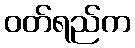
ဝတ်ရည်က